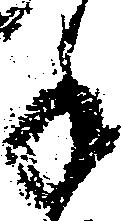
手